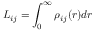
L _ { i j } = \int _ { 0 } ^ { \infty } \rho _ { i j } ( r ) d r